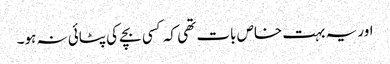
اور یہ بہت خاص بات تھی کہ کسی بچے کی پٹائی نہ ہو۔